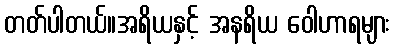
တတ်ပါတယ်။အရိယနှင့် အနရိယ ဝေါဟာရများ